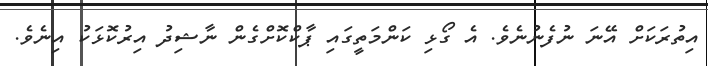
އިތުރަކަށް އޭނަ ނުފެނުނެވެ. އެ ގޯޅި ކަންމަތީގައި ޕާކްކޮށްގެން ނާޝިދު އިރުކޮޅަކު އިނެވެ.